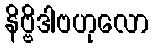
နိဗ္ဗိဒါဗဟုလော